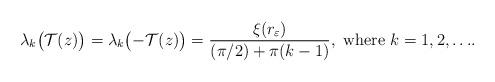
LaTeX: \begin{align*} \lambda_k \bigl(\mathcal{T}(z)\bigr)= \lambda_k \bigl(-\mathcal{T}(z)\bigr) =\frac{\xi(r_\varepsilon)}{(\pi/2) + \pi (k-1)} , \textnormal{ where $k=1,2, \ldots$}. \end{align*}